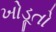
ખોડૂતો